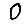
Digit: 0